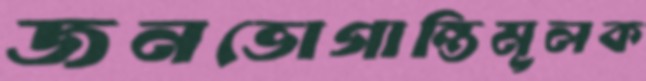
জনভোগান্তিমূলক